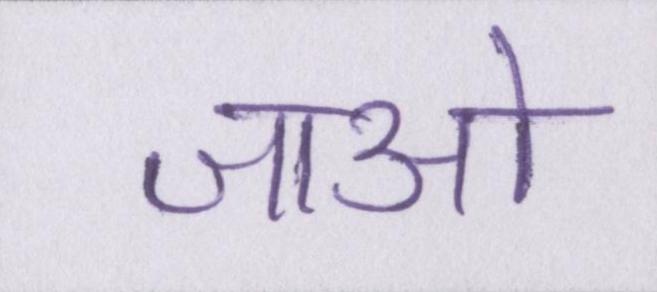
जाओ